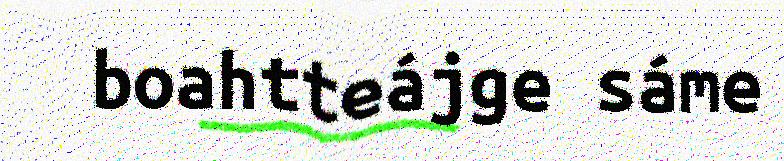
boahtteájge sáme